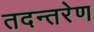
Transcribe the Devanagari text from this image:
तदन्तरेण